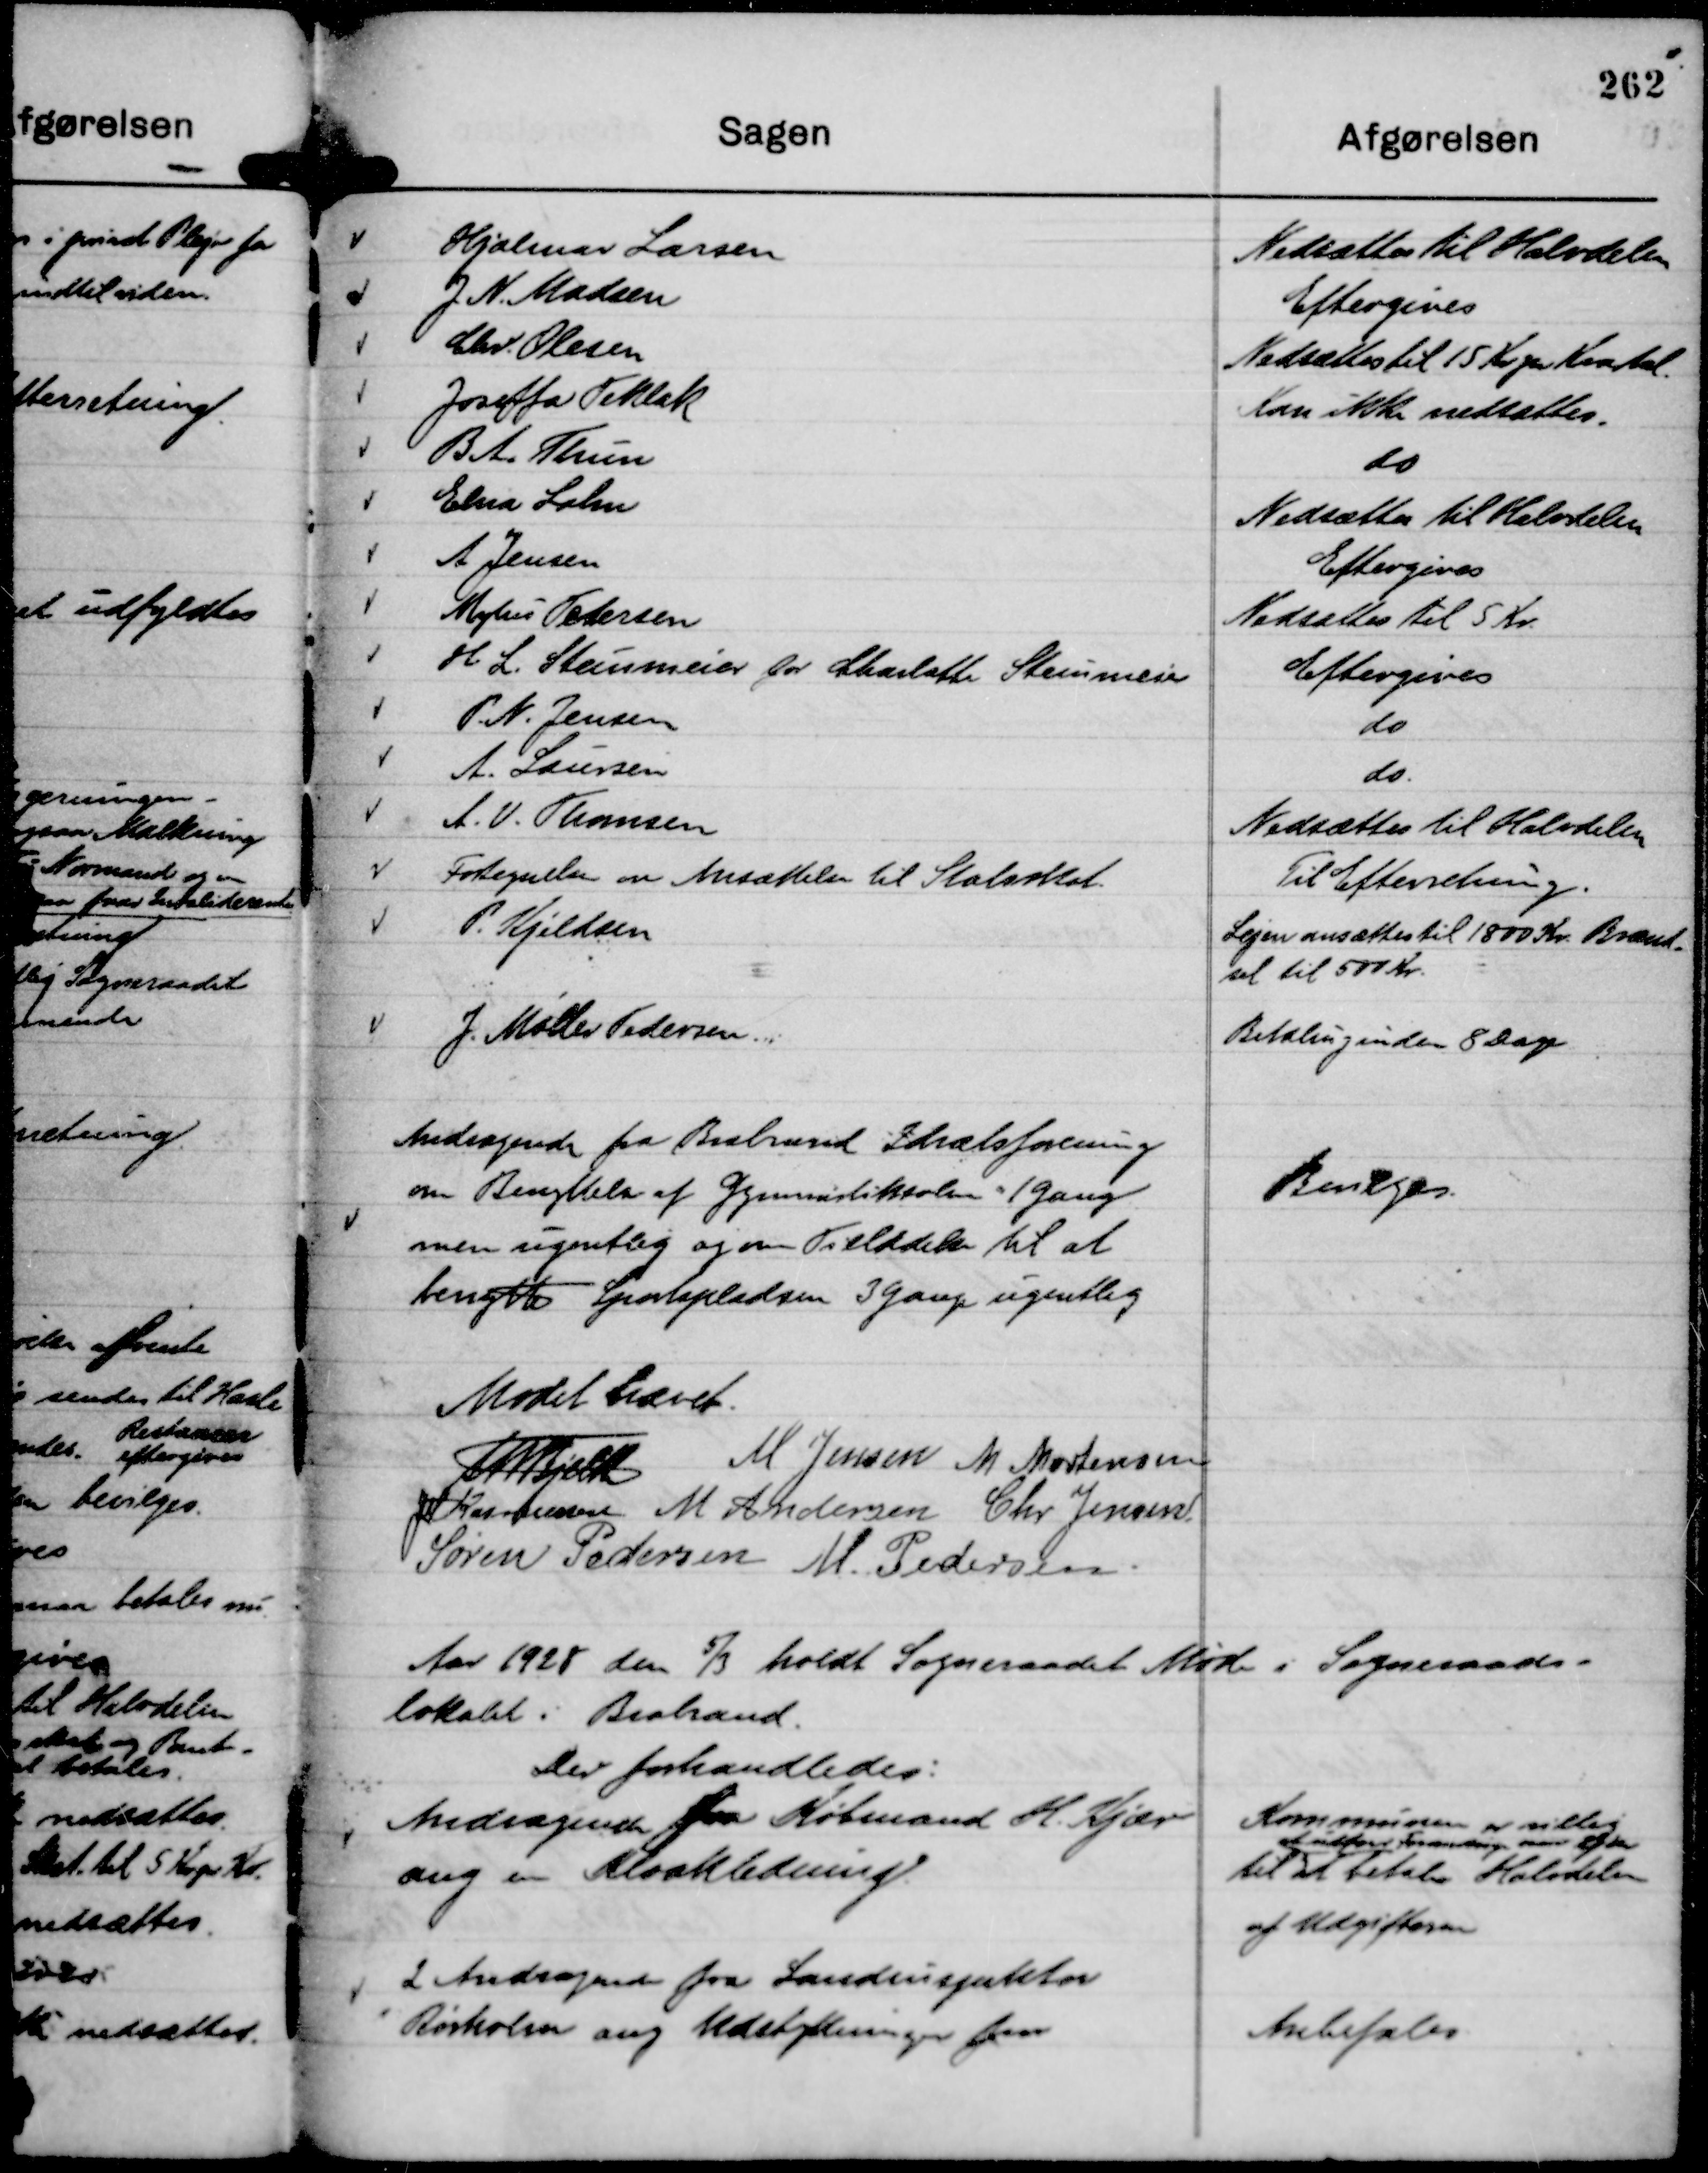
Transskription:
Andragende fra Brabrand Idrætsforening
om Benyttelse af Gymnastiksalen 1 gang
men ugentlig og om Tilladelse til at
benytte Sportspladsen 3 gange ugentlig

Bevilges.

Mødet hævet.
Th Bjelke
M. Jensen
M. Mortensen
JM Rasmussen
M Andersen
Chr Jensen
Søren Pedersen
M. Pedersen.

Aar 1928 den

5/3 holdt Sogneraadet Møde i Sogneraads-
lokalet i Brabrand.
Der forhandledes:

Andragende fra Købmand H. Kjær
ang en Kloakledning.

Kommunen er villig
til 
at udføre forandring over Vejen
at betale Halvdelen
af Udgifterne

2 Andragender fra Landinspektør
Rørholm ang. Udstykninger fra

Anbefales.